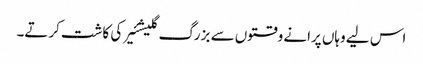
اس لیے وہاں پرانے وقتوں سے بزرگ گلیشئیر کی کاشت کرتے۔